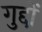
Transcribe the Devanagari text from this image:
गुद्दों